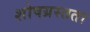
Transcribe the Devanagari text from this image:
शोषग्रस्तता